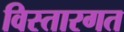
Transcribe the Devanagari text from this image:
विस्तारगत